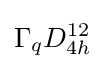
\Gamma _{q}D_{4h}^{12}